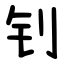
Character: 钊